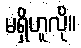
မရှိဟူလို။